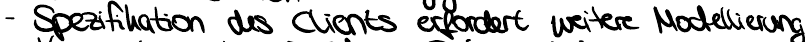
- Spezifikation des Clients erfordert weitere Modellierung